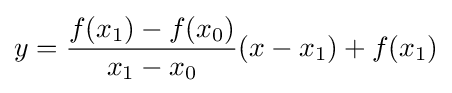
y={\frac {f(x_{1})-f(x_{0})}{x_{1}-x_{0}}}(x-x_{1})+f(x_{1})